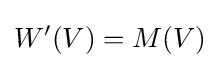
W'(V)=M(V)